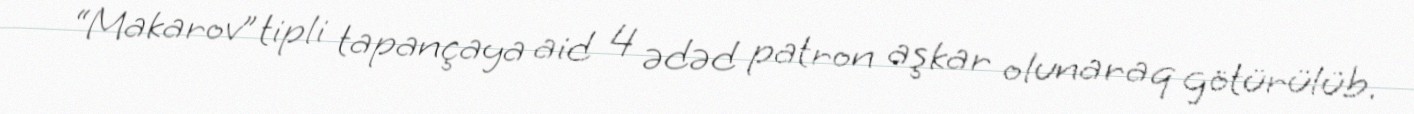
“Makarov” tipli tapançaya aid 4 ədəd patron aşkar olunaraq götürülüb.